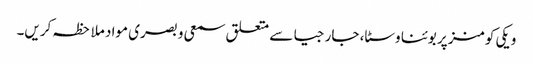
ویکی کومنز پر بوئنا وسٹا، جارجیا سے متعلق سمعی و بصری مواد ملاحظہ کریں۔